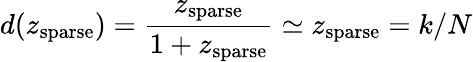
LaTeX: d(z_{\mathrm{sparse}})=\frac{z_{\mathrm{sparse}}}{1+z_{\mathrm{sparse}}}\simeq z_{\mathrm{sparse}}=k/N